Reports on military cantonments and civil stations in the Presidency of Bombay inspected by the Sanitary Commissioner in the years 1875 and 1876
Year: 1875
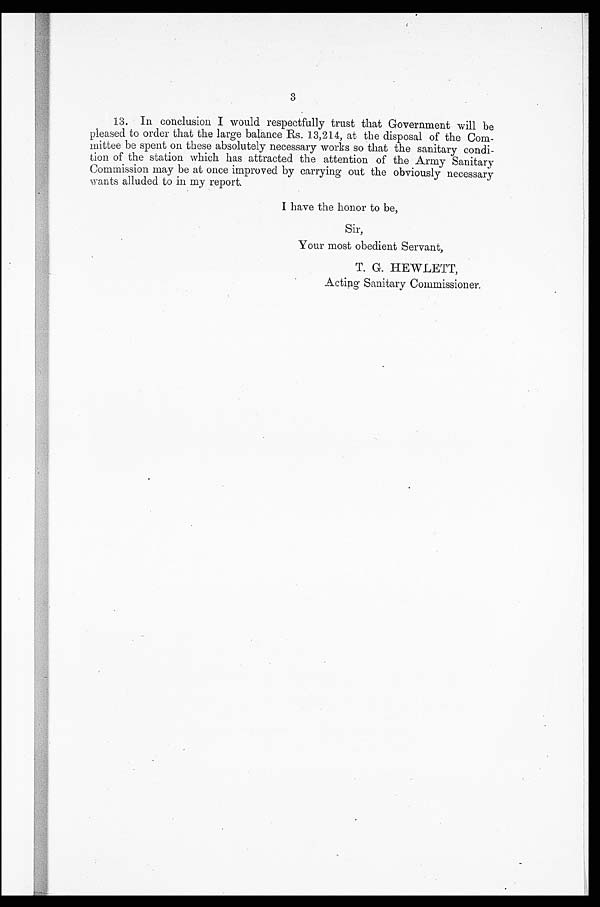
3
13. In conclusion I would respectfully trust that Government will be
pleased to order that the large balance Rs. 13,214, at the disposal of the Com-
mittee be spent on these absolutely necessary works so that the sanitary condi-
tion of the station which has attracted the attention of the Army Sanitary
Commission may be at once improved by carrying out the obviously necessary
wants alluded to in my report.
I have the honor to be,
Sir,
Your most obedient Servant,
T. G. HEWLETT,